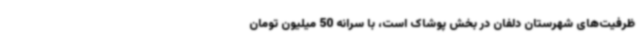
ظرفیت‌های شهرستان دلفان در بخش پوشاک است، با سرانه 50 میلیون تومان